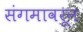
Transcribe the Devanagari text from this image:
संगमावरून